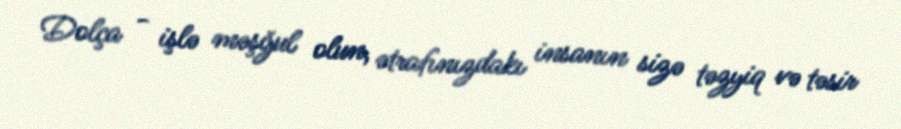
Dolça - işlə məşğul olun, ətrafınızdakı insanın sizə təzyiq və təsir